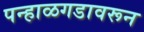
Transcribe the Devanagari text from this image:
पन्हाळगडावरून